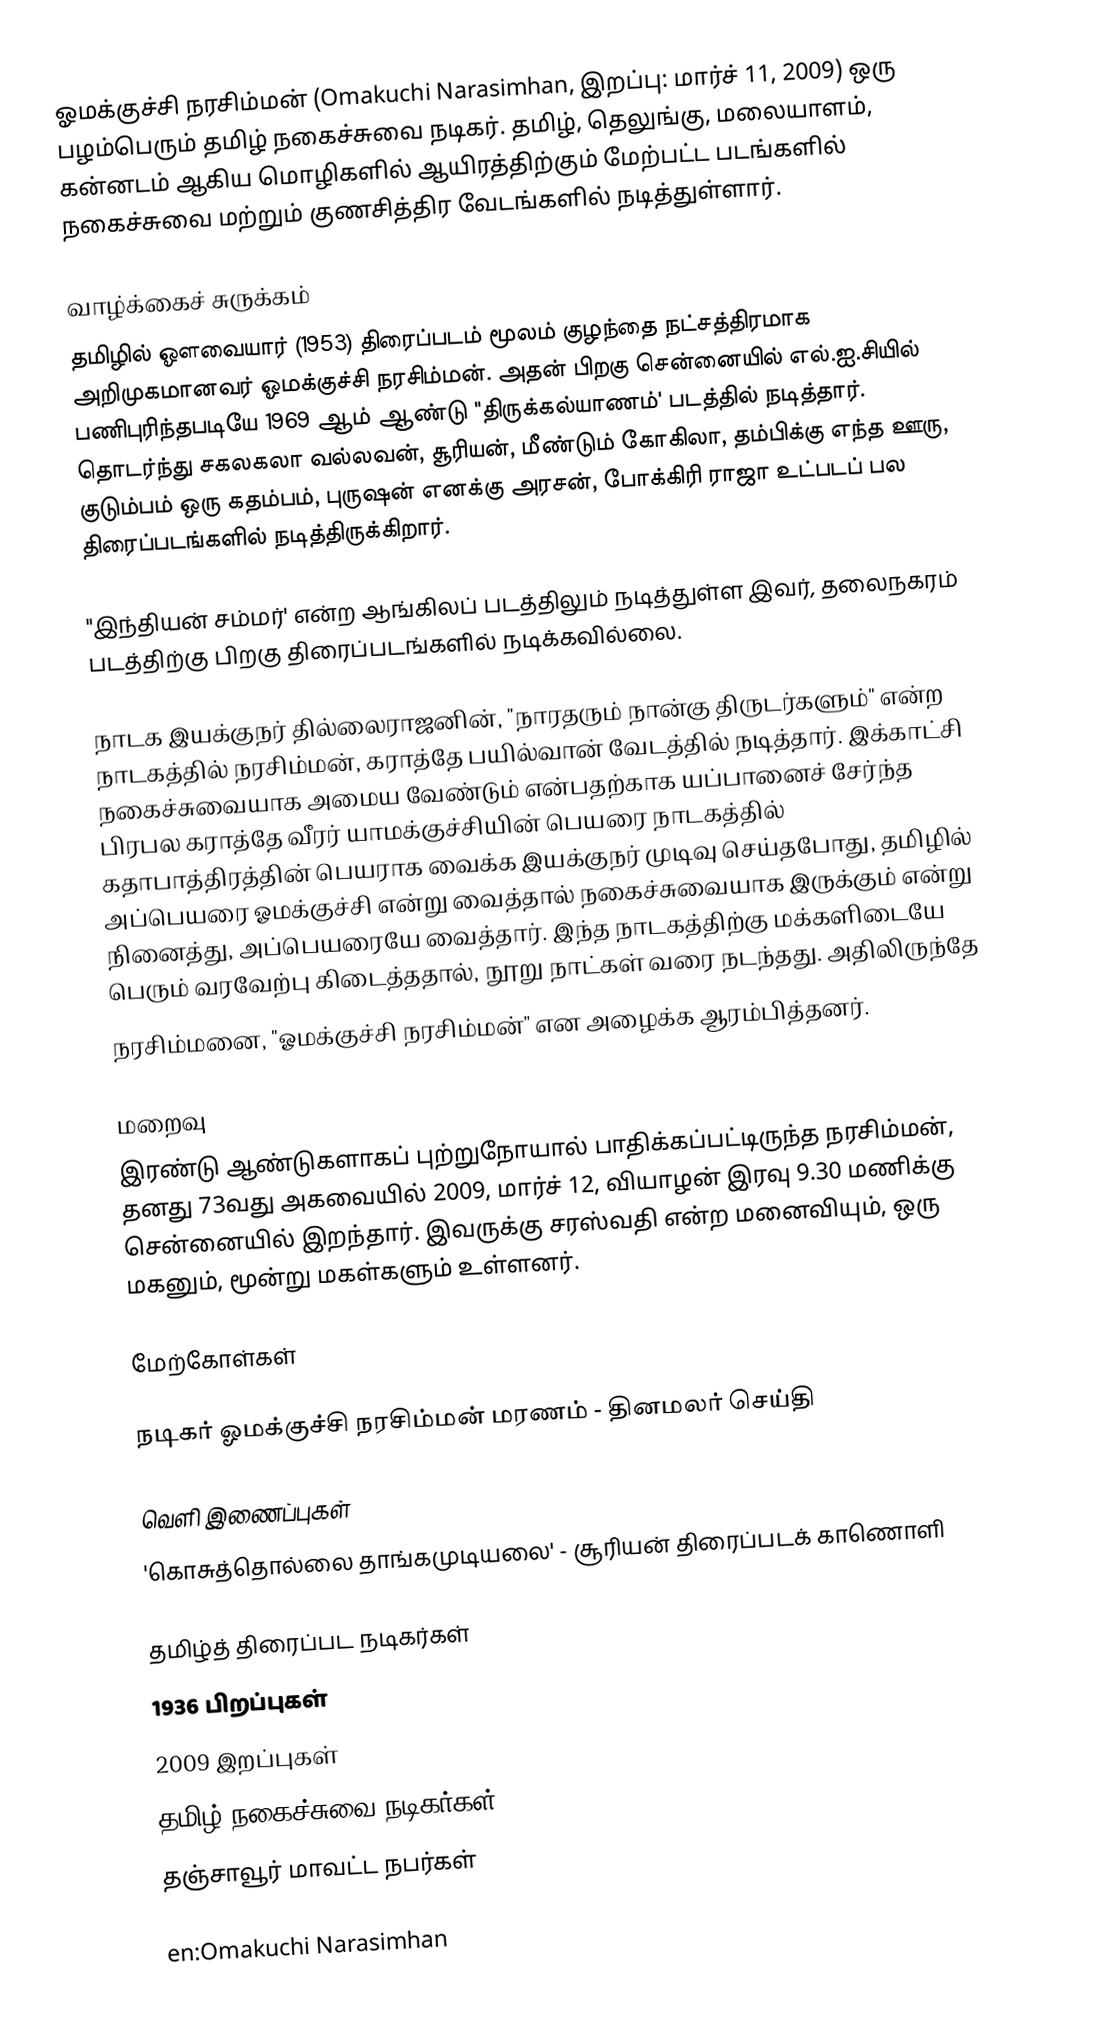
ஓமக்குச்சி நரசிம்மன் (Omakuchi Narasimhan, இறப்பு: மார்ச் 11, 2009) ஒரு பழம்பெரும் தமிழ் நகைச்சுவை நடிகர். தமிழ், தெலுங்கு, மலையாளம், கன்னடம் ஆகிய மொழிகளில் ஆயிரத்திற்கும் மேற்பட்ட படங்களில் நகைச்சுவை மற்றும் குணசித்திர வேடங்களில் நடித்துள்ளார்.

வாழ்க்கைச் சுருக்கம்
தமிழில் ஔவையார் (1953) திரைப்படம் மூலம் குழந்தை நட்சத்திரமாக அறிமுகமானவர் ஓமக்குச்சி நரசிம்மன். அதன் பிறகு சென்னையில் எல்.ஐ.சியில் பணிபுரிந்தபடியே 1969 ஆம் ஆண்டு "திருக்கல்யாணம்' படத்தில் நடித்தார். தொடர்ந்து சகலகலா வல்லவன், சூரியன், மீண்டும் கோகிலா, தம்பிக்கு எந்த ஊரு, குடும்பம் ஒரு கதம்பம், புருஷன் எனக்கு அரசன், போக்கிரி ராஜா உட்படப் பல திரைப்படங்களில் நடித்திருக்கிறார்.

"இந்தியன் சம்மர்' என்ற ஆங்கிலப் படத்திலும் நடித்துள்ள இவர், தலைநகரம் படத்திற்கு பிறகு திரைப்படங்களில் நடிக்கவில்லை.

நாடக இயக்குநர் தில்லைராஜனின், "நாரதரும் நான்கு திருடர்களும்" என்ற நாடகத்தில் நரசிம்மன், கராத்தே பயில்வான் வேடத்தில் நடித்தார். இக்காட்சி நகைச்சுவையாக அமைய வேண்டும் என்பதற்காக யப்பானைச் சேர்ந்த பிரபல கராத்தே வீரர் யாமக்குச்சியின் பெயரை நாடகத்தில் கதாபாத்திரத்தின் பெயராக வைக்க இயக்குநர் முடிவு செய்தபோது, தமிழில் அப்பெயரை ஓமக்குச்சி என்று வைத்தால் நகைச்சுவையாக இருக்கும் என்று நினைத்து, அப்பெயரையே வைத்தார். இந்த நாடகத்திற்கு மக்களிடையே பெரும் வரவேற்பு கிடைத்ததால், நூறு நாட்கள் வரை நடந்தது. அதிலிருந்தே
நரசிம்மனை, "ஓமக்குச்சி நரசிம்மன்" என அழைக்க ஆரம்பித்தனர்.

மறைவு
இரண்டு ஆண்டுகளாகப் புற்றுநோயால் பாதிக்கப்பட்டிருந்த நரசிம்மன், தனது 73வது அகவையில் 2009, மார்ச் 12, வியாழன் இரவு 9.30 மணிக்கு சென்னையில் இறந்தார். இவருக்கு சரஸ்வதி என்ற மனைவியும், ஒரு மகனும், மூன்று மகள்களும் உள்ளனர்.

மேற்கோள்கள்

நடிகர் ஓமக்குச்சி நரசிம்மன் மரணம் - தினமலர் செய்தி

வெளி இணைப்புகள்
 'கொசுத்தொல்லை தாங்கமுடியலை' - சூரியன் திரைப்படக் காணொளி

தமிழ்த் திரைப்பட நடிகர்கள்
1936 பிறப்புகள்
2009 இறப்புகள்
தமிழ் நகைச்சுவை நடிகர்கள்
தஞ்சாவூர் மாவட்ட நபர்கள்

en:Omakuchi Narasimhan